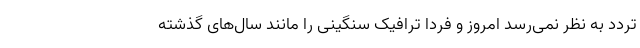
تردد به نظر نمی‌رسد امروز و فردا ترافیک سنگینی را مانند سال‌های گذشته